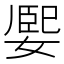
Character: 𡟮